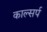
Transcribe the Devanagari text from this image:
काल्सर्प